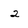
Character: 2